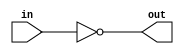
module nor_gate_delay (
    input wire in,
    output reg out
);

reg delay = 0;

always @(*) begin
    #1 delay <= in;
    out <= ~(|delay);
end

endmodule